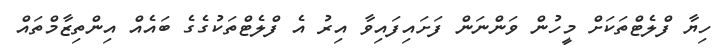
ހިޔާ ފްލެޓްތަކަށް މީހުން ވަންނަން ފަށައިފައިވާ އިރު އެ ފްލެޓްތަކުގެގެ ބައެއް އިންތިޒާމްތައް